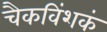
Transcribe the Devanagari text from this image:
चैकविंशकं